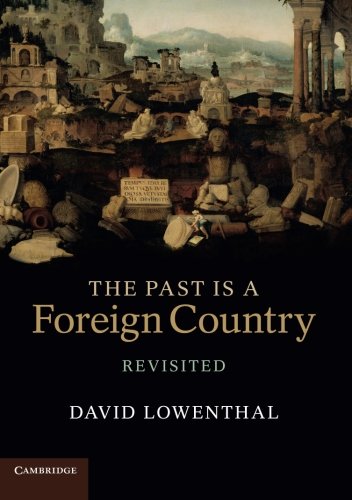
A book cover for The Past is a Foreign Country - Revisited; David Lowenthal; History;